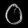
Digit: ၀